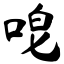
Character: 唣